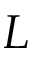
L